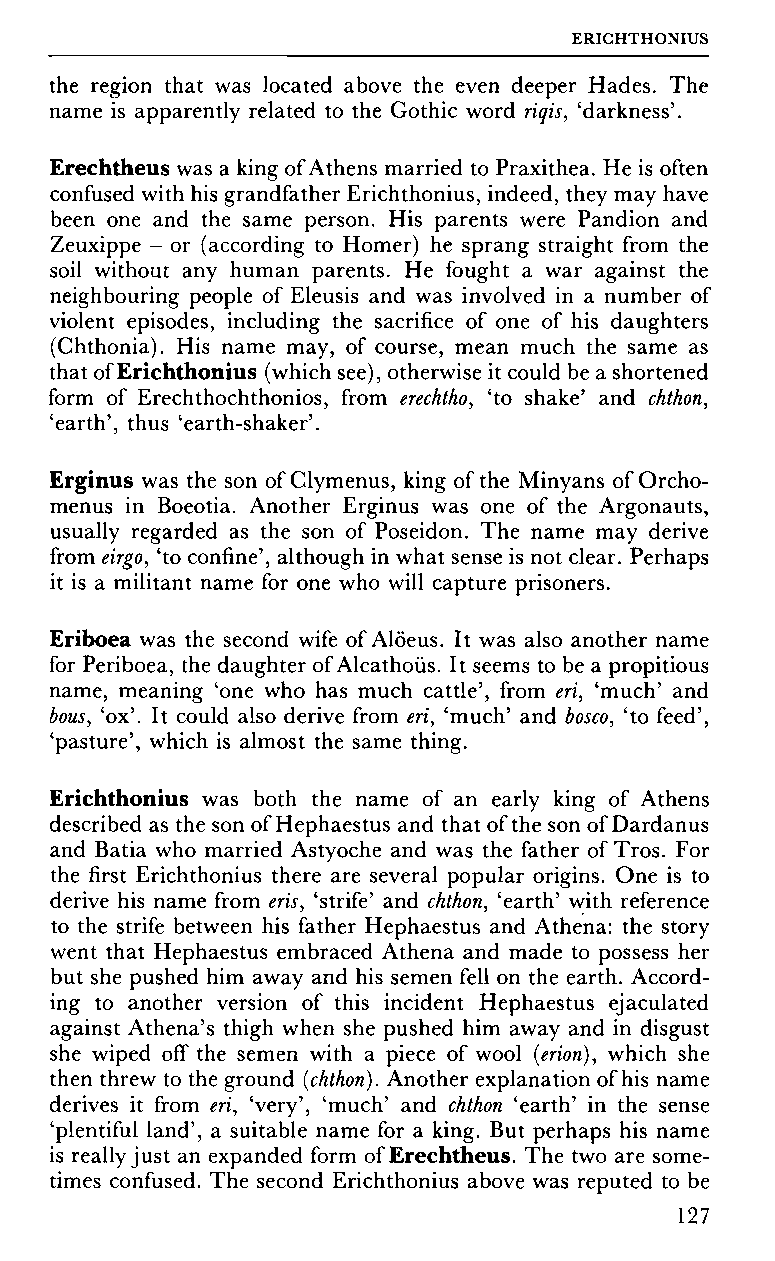
ERIGHTHONIUS
 the region that was located above the even deeper Hades. The
 name is apparently related to the Gothic word riqis, 'darkness'.
 Erechtheus was a king of Athens married to Praxithea. He is often
 confused with his grandfather Erichthonius, indeed, they may have
 been one and the same person. His parents were Pandion and
 Zeuxippe - or (according to Homer) he sprang straight from the
 soil without any human parents. He fought a war against the
 neighbouring people of Eleusis and was involved in a number of
 violent episodes, including the sacrifice of one of his daughters
 (Chthonia). His name may, of course, mean much the same as
 that of Erichthonius (which see), otherwise it could be a shortened
 form of Erechthochthonios, from erechtho, 'to shake' and chthon,
 'earth', thus 'earth-shaker'.
 Erginus was the son of Clymenus, king of the Minyans of Orcho-
 menus in Boeotia. Another Erginus was one of the Argonauts,
 usually regarded as the son of Poseidon. The name may derive
 from eirgo, 'to confine', although in what sense is not clear. Perhaps
 it is a militant name for one who will capture prisoners.
 Eriboea was the second wife of Alöeus. It was also another name
 for Periboea, the daughter of Alcathoüs. It seems to be a propitious
 name, meaning 'one who has much cattle', from eri, 'much' and
 bous, 'ox'. It could also derive from eri, 'much' and bosco, 'to feed',
 'pasture', which is almost the same thing.
 Erichthonius was both the name of an early king of Athens
 described as the son of Hephaestus and that of the son of Dardanus
 and Batia who married Astyoche and was the father of Tros. For
 the first Erichthonius there are several popular origins. One is to
 derive his name from eris, 'strife' and chthon, 'earth' with reference
 to the strife between his father Hephaestus and Athena: the story
 went that Hephaestus embraced Athena and made to possess her
 but she pushed him away and his semen fell on the earth. Accord
 ing to another version of this incident Hephaestus ejaculated
 against Athena's thigh when she pushed him away and in disgust
 she wiped off the semen with a piece of wool (erion), which she
 then threw to the ground (chthon). Another explanation of his name
 derives it from eri, 'very', 'much' and chthon 'earth' in the sense
 'plentiful land', a suitable name for a king. But perhaps his name
 is really just an expanded form of Erechtheus. The two are some
 times confused. The second Erichthonius above was reputed to be
 127